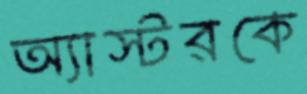
অ্যাস্টরকে